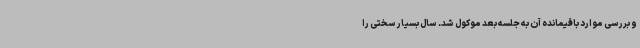
و بررسی موارد باقیمانده آن به جلسه بعد موکول شد. سال بسیار سختی را